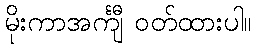
မိုးကာအင်္ကျီ ဝတ်ထားပါ။